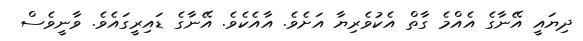
ދިޔައީ އޭނާގެ އެއްމެ ގާތް އެކުވެރިޔާ އަށެވެ. އާއެކެވެ. އޭނާގެ ޑައިރީގައެވެ. ވާނީވެސް